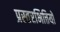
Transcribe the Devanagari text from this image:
प्रस्तरभित्तियों